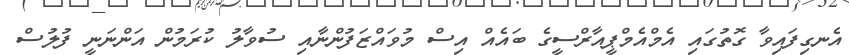
އެނގިފައިވާ ގޮތުގައި އެމްއެމްޕީއާރްސީގެ ބައެއް އިސް މުވައްޒަފުންނާއި ސުވާލު ކުރަމުން އަންނަނީ ފުލުސް